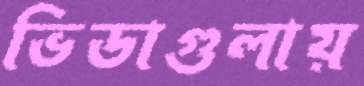
ভিডাগুলায়